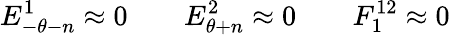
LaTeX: E_{-\theta-n}^{1}\approx{}0\qquad E_{\theta+n}^{2}\approx{}0\qquad F_{1}^{12}\approx{}0